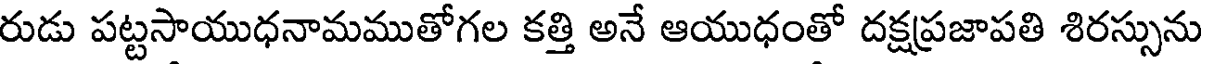
రుడు పట్టసాయుధనామముతోగల కత్తి అనే ఆయుధంతో దక్షప్రజాపతి శిరస్సును